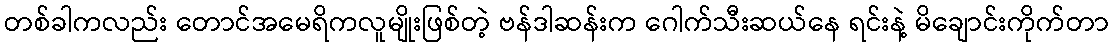
တစ်ခါကလည်း တောင်အမေရိကလူမျိုးဖြစ်တဲ့ ဗန်ဒါဆန်းက ဂေါက်သီးဆယ်နေ ရင်းနဲ့ မိချောင်းကိုက်တာ